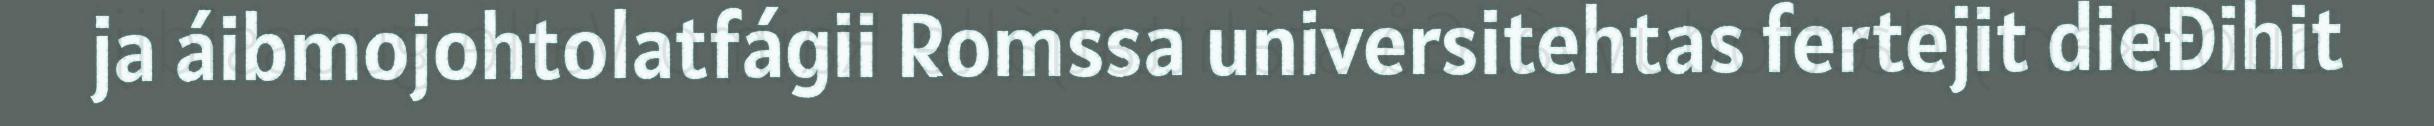
ja áibmojohtolatfágii Romssa universitehtas fertejit dieđihit